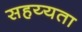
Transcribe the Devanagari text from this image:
सहय्यता